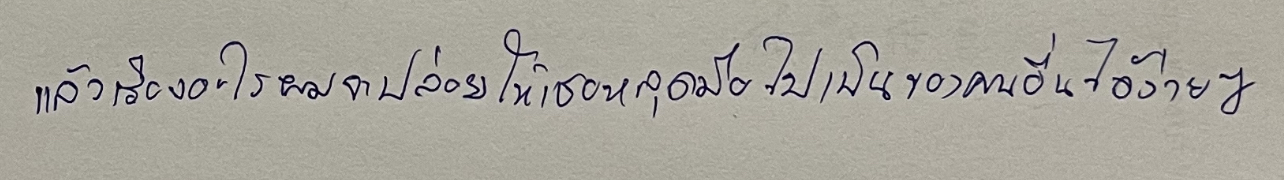
แล้วเรื่องอะไรผมจะปล่อยให้เธอหลุดมือไปเป็นของคนอื่นได้ง่ายๆ